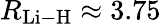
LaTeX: R_{\mathrm{Li-H}}\approx 3.75